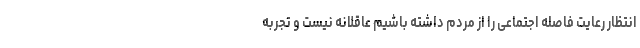
انتظار رعایت فاصله اجتماعی را از مردم داشته باشیم عاقلانه نیست و تجربه